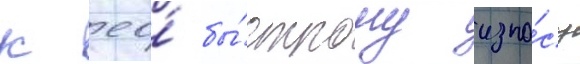
к ео́ бы́строму изно́су